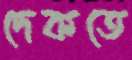
দেকতে